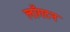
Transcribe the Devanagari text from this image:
लाँगटन